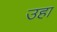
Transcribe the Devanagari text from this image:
उहा